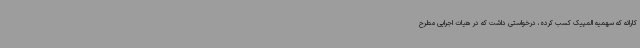
کاراته که سهمیه المپیک کسب کرده، درخواستی داشت که در هیات اجرایی مطرح